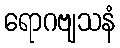
ရောဂဗျသနံ